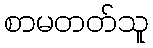
စာမတတ်သူ